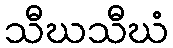
သီဃသီဃံ